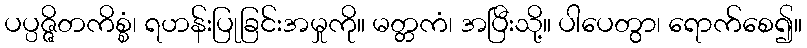
ပပ္ပဇ္ဇိတကိစ္စံ၊ ရဟန်းပြုခြင်းအမှုကို။ မတ္တကံ၊ အပြီးသို့။ ပါပေတွာ၊ ရောက်စေ၍။